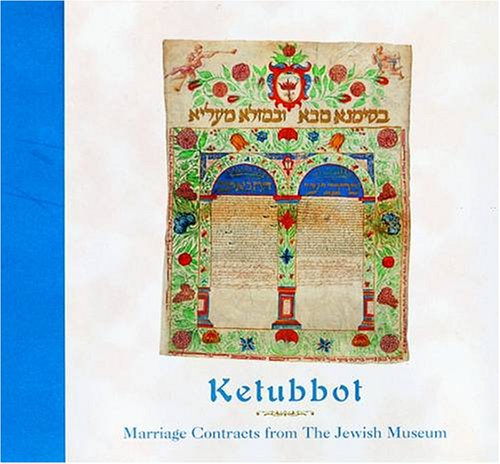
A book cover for Ketubbot: Marriage Contracts from the Jewish Museum; Jewish Museum (New York City); Arts & Photography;